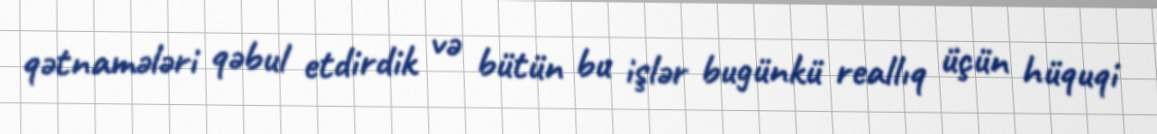
qətnamələri qəbul etdirdik və bütün bu işlər bugünkü reallıq üçün hüquqi